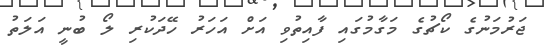
ޖަރުމަނުގެ ކޯޗުގެ މަގާމުގައި ފާއިތުވި އަށް އަހަރު ހޭދަކުރި ލޯ ބުނީ އަލަތު